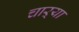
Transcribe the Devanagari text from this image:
चाऱ्या